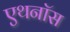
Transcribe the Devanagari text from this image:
एथनॉस